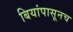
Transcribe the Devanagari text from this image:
बियांपासूनच